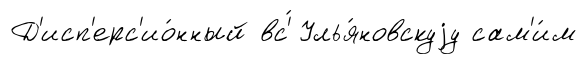
Д'исп'ерс'ио́нный вс'́ Улья́новскуjу сам'и́м